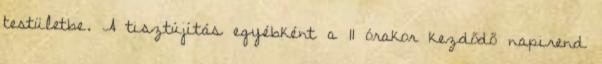
testületbe. A tisztújítás egyébként a 11 órakor kezdődő napirend